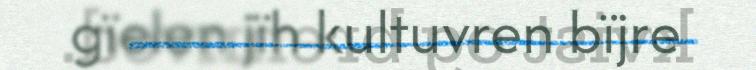
gïelen jïh kultuvren bïjre